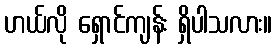
ဟယ်လို ရှောင်ကျန်း ရှိပါသလား။